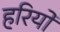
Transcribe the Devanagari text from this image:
हरियो